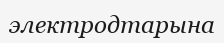
электродтарына